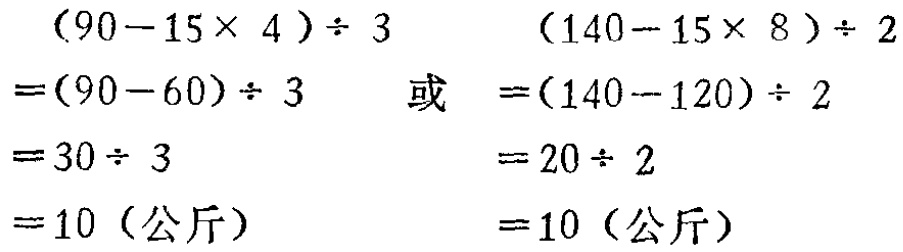
\[
\begin{align*}
&(90 - 15\times4)\div3\\
=&(90 - 60)\div3\\
=&30\div3\\
=&10 (\text{公斤})
\end{align*}
\]
\[
\begin{align*}
&(140 - 15\times8)\div2\\
=&(140 - 120)\div2\\
=&20\div2\\
=&10 (\text{公斤})
\end{align*}
\]